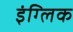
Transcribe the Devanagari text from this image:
इंग्लिक